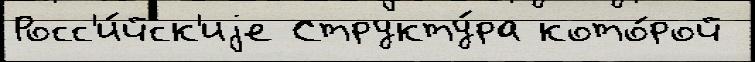
Росс'и́йск'иjе Структу́ра кото́рой